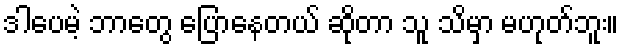
ဒါပေမဲ့ ဘာတွေ ပြောနေတယ် ဆိုတာ သူ သိမှာ မဟုတ်ဘူး။